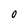
Character: 0